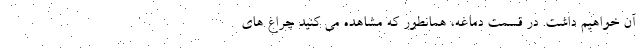
آن خواهیم داشت. در قسمت دماغه، همانطور که مشاهده می کنید چراغ های